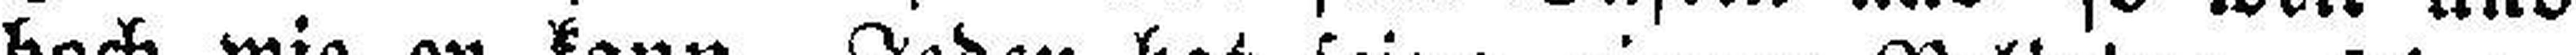
Jeder bildet sein Wesen und sein Dasein aus so weit und